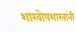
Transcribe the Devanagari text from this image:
शाखोपशाखांनी